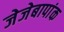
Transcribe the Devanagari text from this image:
जेजेबापांक